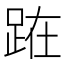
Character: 𨀬